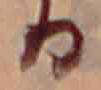
る